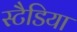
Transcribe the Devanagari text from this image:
स्टैडिया